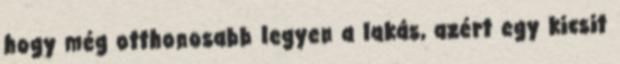
hogy még otthonosabb legyen a lakás, azért egy kicsit